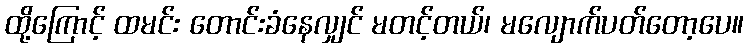
ထို့ကြောင့် ထမင်း တောင်းခံနေလျှင် မတင့်တယ်၊ မလျောက်ပတ်တော့ပေ။